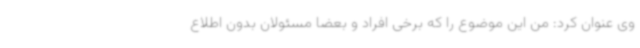
وی عنوان کرد: من این موضوع را که برخی افراد و بعضا مسئولان بدون اطلاع